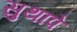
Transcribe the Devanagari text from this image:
सुथापे